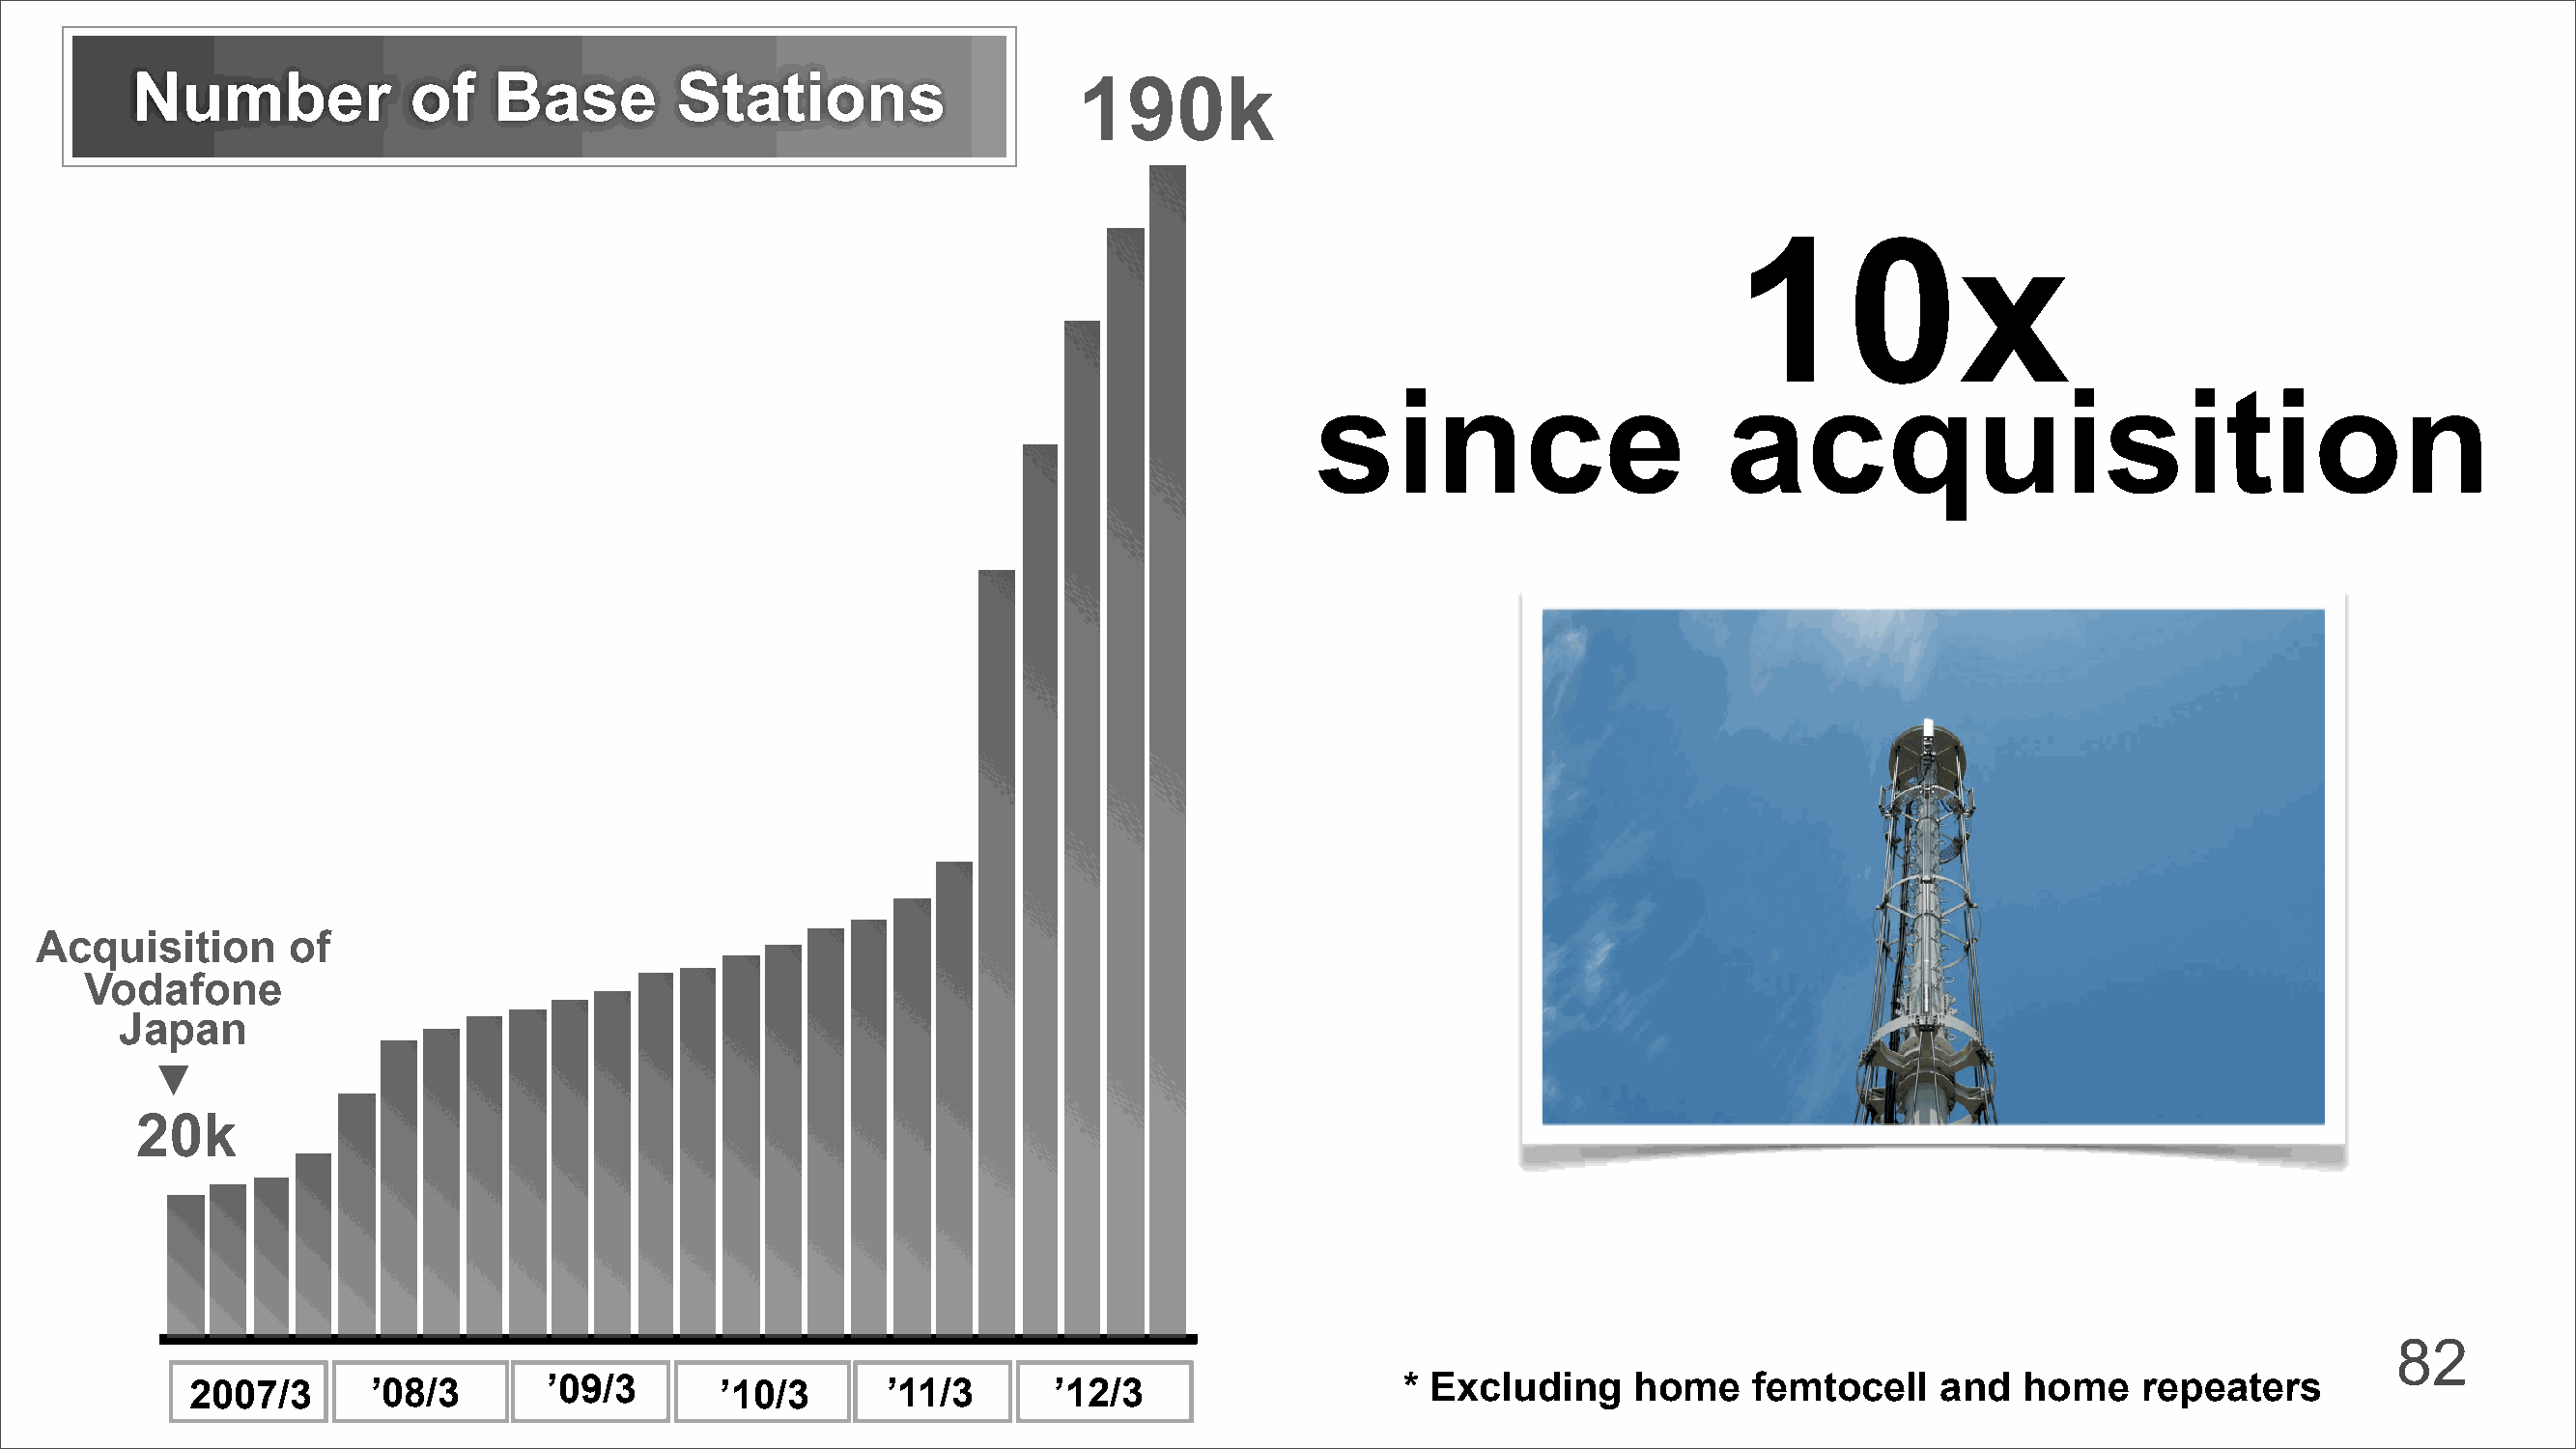
Number             of    Base        Stations                    190k
 10x
 since                       acquisition
 Acquisition       of
 Vodafone
 Japan
 ▼
 20k
 82
 2007/3      ’08/3       ’09/3       ’10/3       ’11/3      ’12/3                   * Excluding     home    femtocell    and   home    repeaters